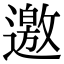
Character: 邀